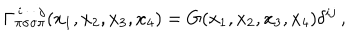
LaTeX: \Gamma _ { \pi \sigma \sigma \pi } ^ { \, i \, \cdot \, \cdot \, j } ( x _ { 1 } , x _ { 2 } , x _ { 3 } , x _ { 4 } ) = G ( x _ { 1 } , x _ { 2 } , x _ { 3 } , x _ { 4 } ) \delta ^ { i j } \, ,